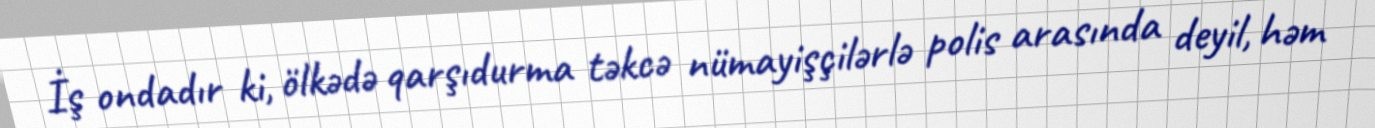
İş ondadır ki, ölkədə qarşıdurma təkcə nümayişçilərlə polis arasında deyil, həm